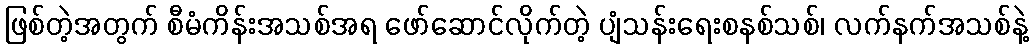
ဖြစ်တဲ့အတွက် စီမံကိန်းအသစ်အရ ဖော်ဆောင်လိုက်တဲ့ ပျံသန်းရေးစနစ်သစ်၊ လက်နက်အသစ်နဲ့